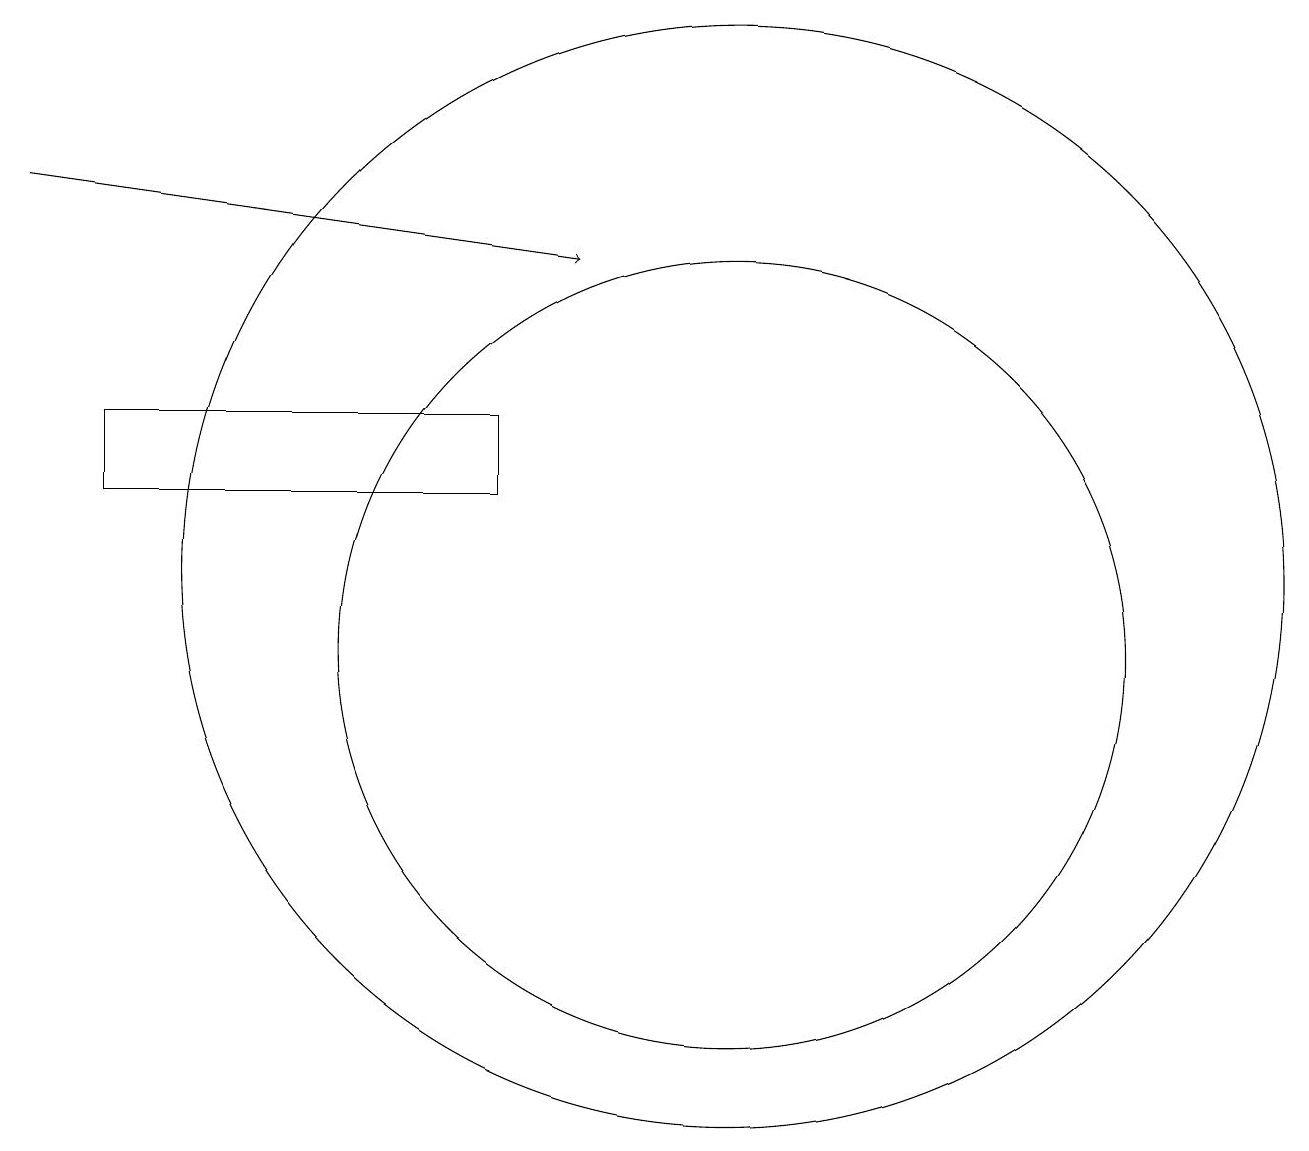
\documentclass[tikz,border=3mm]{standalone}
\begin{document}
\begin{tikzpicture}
\draw[->] (2,17) -- (9,16);
\draw (11,11) circle (5);
\draw (8,14) rectangle (3,13);
\draw (11,12) circle (7);
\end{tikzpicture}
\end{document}